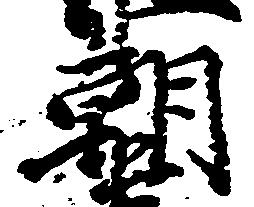
朝